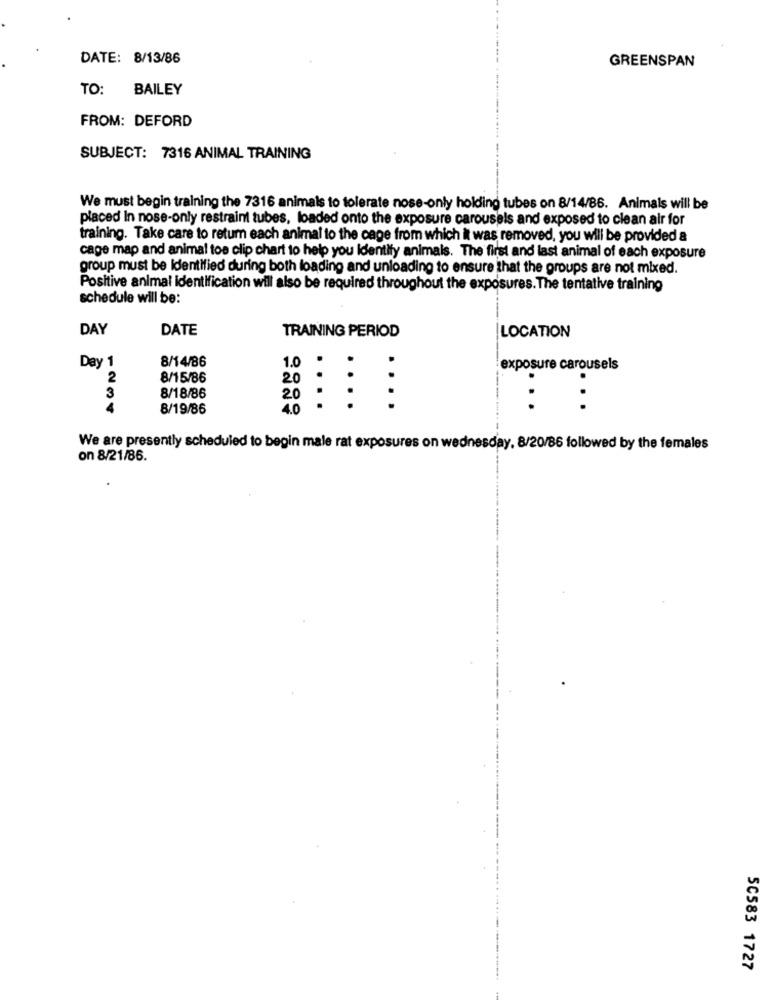
DATE: 8/13/86
GREENSPAN
TO: BAILEY
FROM: DEFORD
SUBJECT: 7316 ANIMAL TRAINING
We must begin training the 7316 animals to tolerate nose-only holding tubes on 8/14/86. Animals will be
placed In nose-only restraint tubes, loaded onto the exposure carousels and exposed to clean air for
training. Take care to retum each animal to the cage from which it was removed, you will be provided &
cage map and animal toe clip chart to help you Identify animals. The first and last animal of each exposure
group must be identified during both loading and unloading to ensure that the groups are not mixed.
Positive animal identification will also be required throughout the exposures. The tentative training
schedule will be:
DAY
DATE
TRAINING PERIOD
LOCATION
Day 1
8/14/86
1.0
exposure carousels
2
8/15/86
20 . .
..
3
8/18/86
20 .-
4
8/19/86
4.0
.
...
....
We are presently scheduled to begin male rat exposures on wednesday, 8/20/86 followed by the females
on 8/21/86.
50583 1727